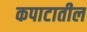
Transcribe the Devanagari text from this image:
कपाटातील